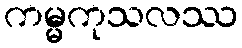
ကမ္မကုသလဿ